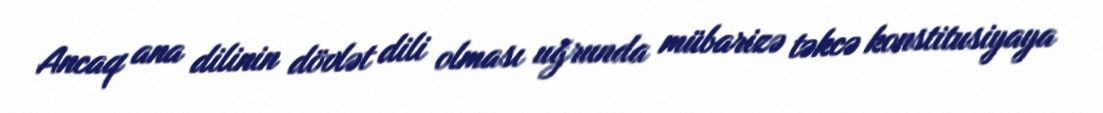
Ancaq ana dilinin dövlət dili olması uğrunda mübarizə təkcə konstitusiyaya